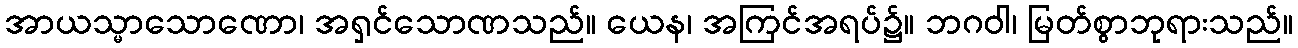
အာယသ္မာသောဏော၊ အရှင်သောဏသည်။ ယေန၊ အကြင်အရပ်၌။ ဘဂဝါ၊ မြတ်စွာဘုရားသည်။